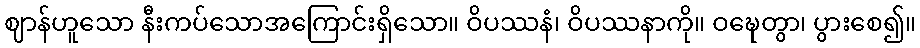
ဈာန်ဟူသော နီးကပ်သောအကြောင်းရှိသော။ ဝိပဿနံ၊ ဝိပဿနာကို။ ဝဍ္ဎေတွာ၊ ပွားစေ၍။